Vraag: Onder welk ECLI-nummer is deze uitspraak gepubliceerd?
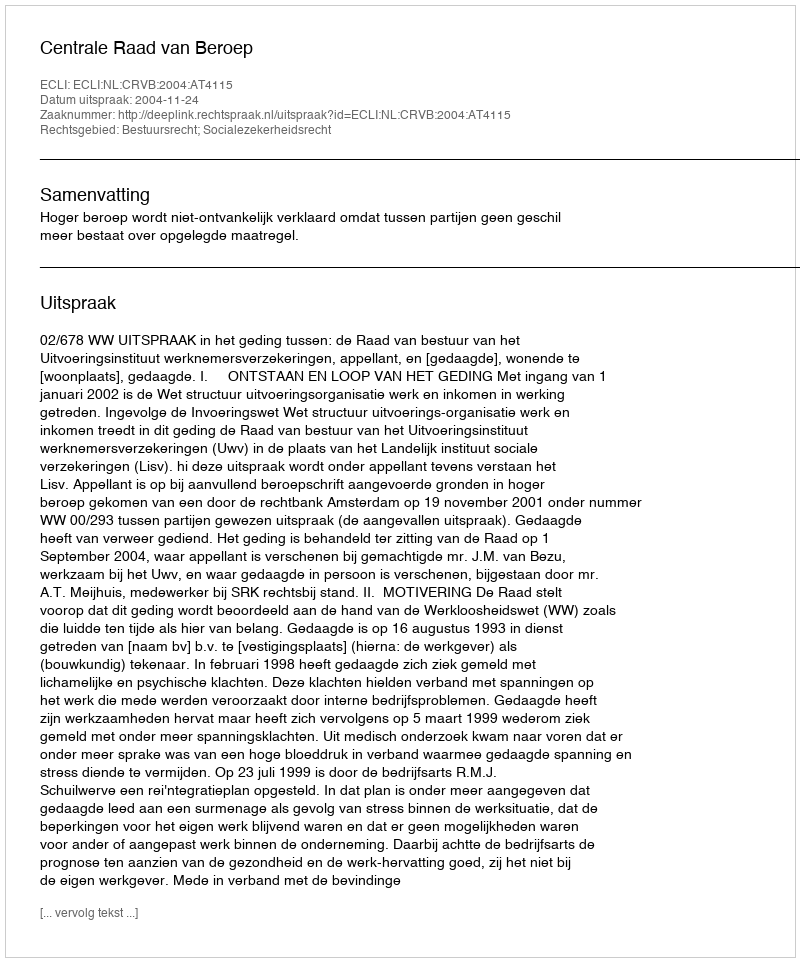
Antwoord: ECLI:NL:CRVB:2004:AT4115